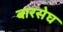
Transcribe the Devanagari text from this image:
बारसेघ